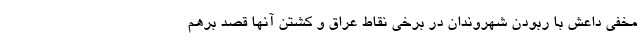
مخفی داعش با ربودن شهروندان در برخی نقاط عراق و کشتن آنها قصد برهم